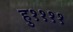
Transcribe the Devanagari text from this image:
हु११११